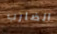
الضارب